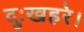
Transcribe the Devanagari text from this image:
दुःखहरे।